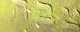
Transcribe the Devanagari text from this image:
थ्रिज़